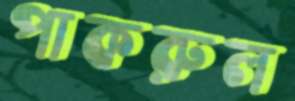
পাকরুল